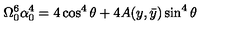
\Omega _ { 0 } ^ { 6 } \alpha _ { 0 } ^ { 4 } = 4 \cos ^ { 4 } \theta + 4 A ( y , \bar { y } ) \sin ^ { 4 } \theta